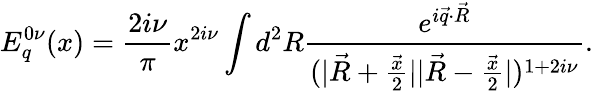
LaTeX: E_{q}^{0\nu}(x)={\frac{2i\nu}{\pi}}x^{2i\nu}\int d^{2}R{\frac{e^{i\vec{q}\cdot\vec{R}}}{(\vert\vec{R}+{\frac{\vec{x}}{2}}\vert\vert\vec{R}-{\frac{\vec{x}}{2}}\vert)^{1+2i\nu}}}.